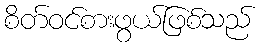
စိတ်ဝင်စားဖွယ်ဖြစ်သည်